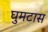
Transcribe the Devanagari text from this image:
घुमटास